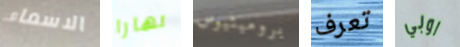
الاسماء نهارا بروميثيوس تعرف اوبي